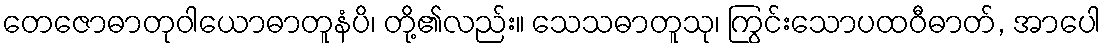
တေဇောဓာတုဝါယောဓာတူနံပိ၊ တို့၏လည်း။ သေသဓာတူသု၊ ကြွင်းသောပထဝီဓာတ်, အာပေါ